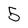
Character: 5